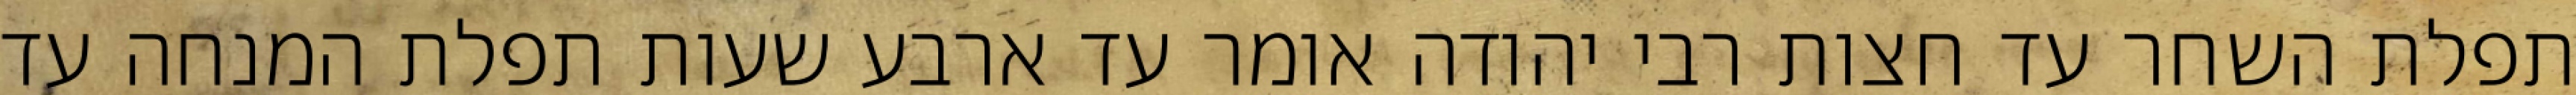
תפלת השחר עד חצות רבי יהודה אומר עד ארבע שעות תפלת המנחה עד